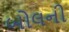
બોલની